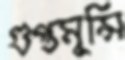
গুপ্তমুন্সি